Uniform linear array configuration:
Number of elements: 16
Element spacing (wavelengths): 1
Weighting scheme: uniform
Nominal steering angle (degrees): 15
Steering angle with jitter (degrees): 15.714
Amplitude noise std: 0.05
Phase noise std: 0.05

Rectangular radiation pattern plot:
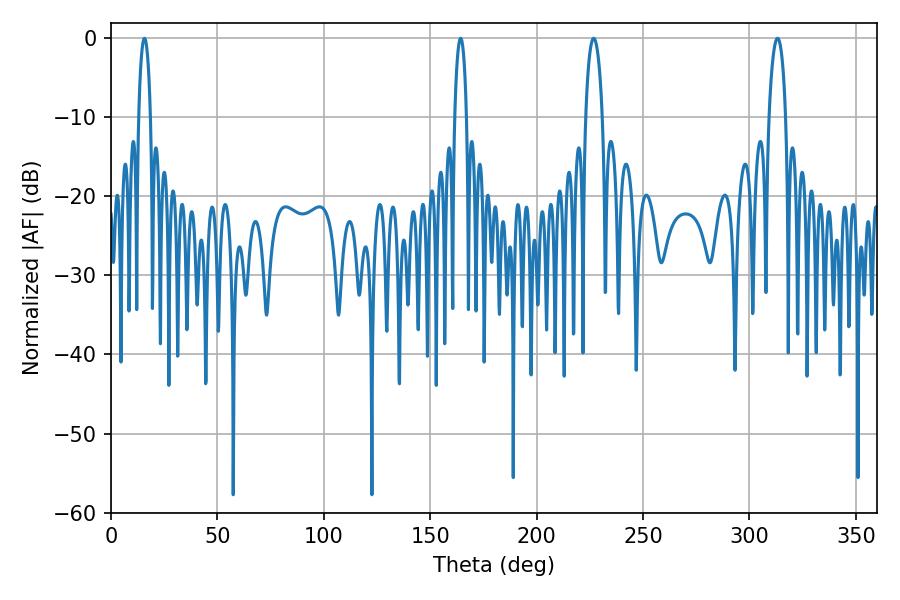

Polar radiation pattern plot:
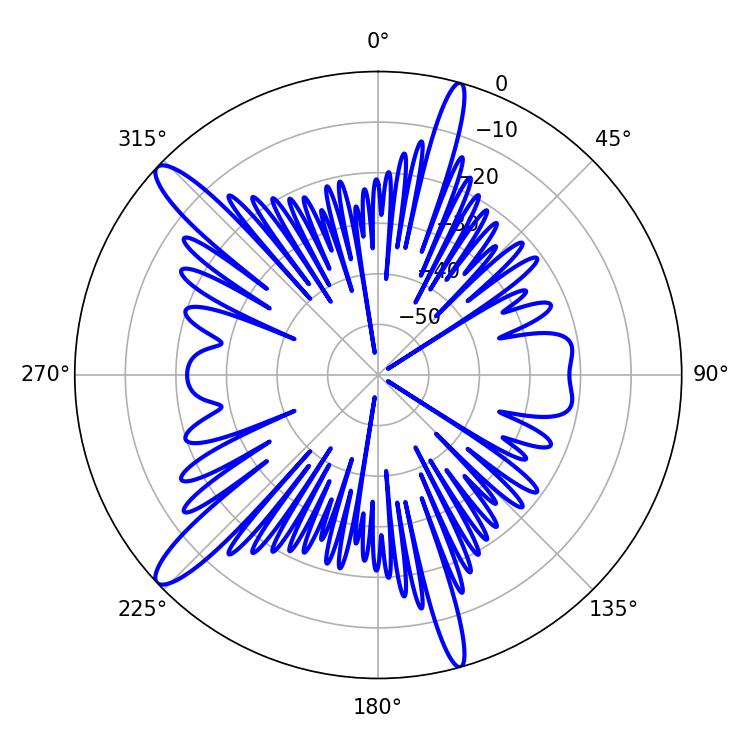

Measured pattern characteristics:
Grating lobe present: TRUE
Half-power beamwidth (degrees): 4.5
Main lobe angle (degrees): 226.8